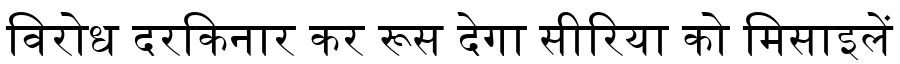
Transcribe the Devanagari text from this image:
विरोध दरकिनार कर रूस देगा सीरिया को मिसाइलें